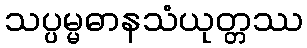
သပ္ပမ္မဓာနသံယုတ္တဿ